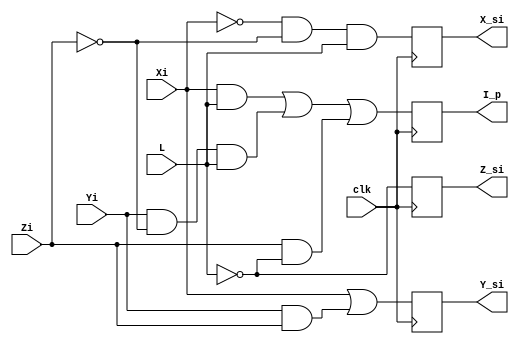
module Celda_I(
    input clk, // entrada reloj
    input Xi,// Entrada X inicial de la celda incial 
    input Yi,// Entrada Y inicial de la celda incial 
    input Zi,// Entrada Z inicial de la celda incial 
    input L,  // Entrada palabra L
    output reg X_si,  // Salida X  inicial de la celda incial
    output reg Y_si, // Salida Y inicial de la celda incial
    output reg Z_si, // Salida Z inicial de la celda incial
    output reg I_p  // Salida paridad I_P = 1 si es impar  
);
    assign noXi = !Xi; // Se niega Xi
    assign noYi = !Yi; // Se niega Yi
    assign noZi = !Zi; // Se niega Zi
    assign noL = !L;   // Se niega Li
    
    always @(posedge clk) begin // se inicia en el flanco de reloj
    X_si = noXi & noZi & L;
    Y_si = Xi | (Yi & Zi);
    Z_si = noL;
    I_p = (Xi & L) | (Yi & noZi & L) | (Zi & noL);
    end

endmodule    
/*



 SZI = (X_i&L) | (Y_i&~K_i&L) | (K_i&~L);
*/